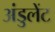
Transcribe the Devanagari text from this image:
अंडुलेंट